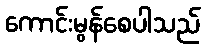
ကောင်းမွန်စေပါသည်